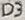
Text: D3